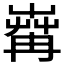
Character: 𦱶